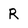
Character: R